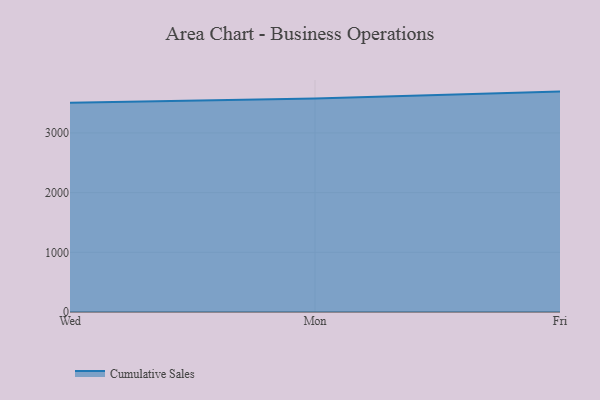
{"axis": {"x": "Day", "y": "Conversion Rate (%)"}, "legend": ["Cumulative Sales"], "data": [{"x": "Wed", "y": 3504.4, "type": "Cumulative Sales"}, {"x": "Mon", "y": 3578.4, "type": "Cumulative Sales"}, {"x": "Fri", "y": 3692.9, "type": "Cumulative Sales"}]}